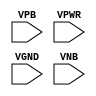
module sky130_fd_sc_hdll__decap (
    //# {{power|Power}}
    input VPB ,
    input VPWR,
    input VGND,
    input VNB
);
endmodule